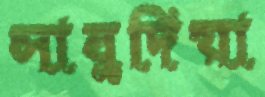
সাবুদিয়া